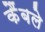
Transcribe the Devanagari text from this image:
कैंबले